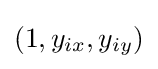
(1,y_{ix},y_{iy})